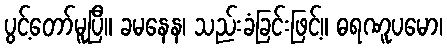
ပွင့်တော်မူပြီ။ ခမနေန၊ သည်းခံခြင်းဖြင့်။ ဓရဏူပမော၊